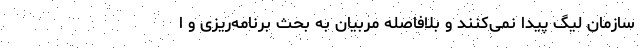
سازمان لیگ پیدا نمی‌کنند و بلافاصله مربیان به بحث برنامه‌ریزی و ا